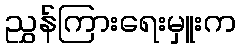
ညွှန်ကြားရေးမှူးက